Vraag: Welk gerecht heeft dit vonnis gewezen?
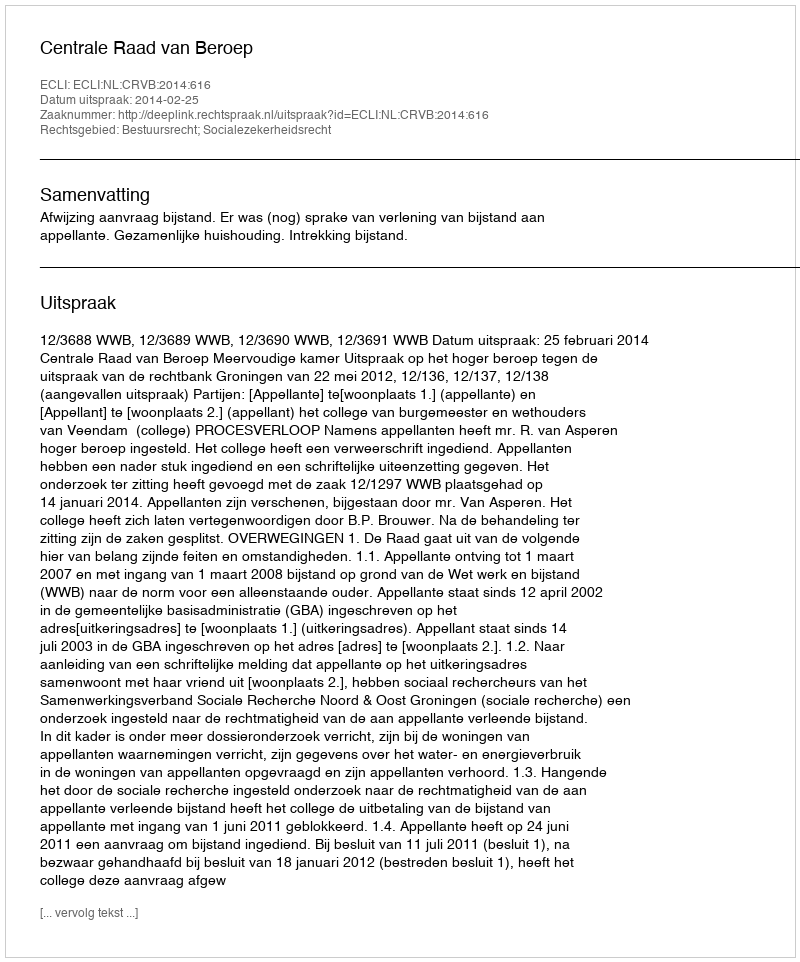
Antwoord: Centrale Raad van Beroep